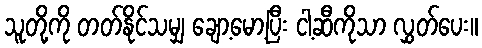
သူတို့ကို တတ်နိုင်သမျှ ချော့မော့ပြီး ငါ့ဆီကိုသာ လွှတ်ပေး။